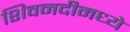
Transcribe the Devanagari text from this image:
शिवनदीमध्ये